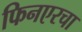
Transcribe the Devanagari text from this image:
फिनएरचा